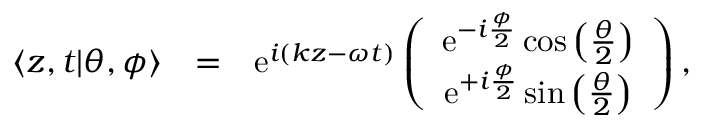
\begin{array} { r l r } { \langle z , t | \theta , \phi \rangle } & { = } & { \mathrm { e } ^ { i ( k z - \omega t ) } \left( \begin{array} { c } { \mathrm { e } ^ { - i \frac { \phi } { 2 } } \cos \left( \frac { \theta } { 2 } \right) } \\ { \mathrm { e } ^ { + i \frac { \phi } { 2 } } \sin \left( \frac { \theta } { 2 } \right) } \end{array} \right) , } \end{array}